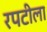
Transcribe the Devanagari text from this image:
रपटीला